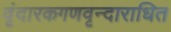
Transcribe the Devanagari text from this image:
वृंदारकगणवृन्दाराधित